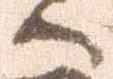
へ